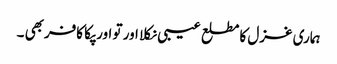
ہماری غزل کا مطلع عیبی نکلا اور تو اور پکا کافربھی ۔